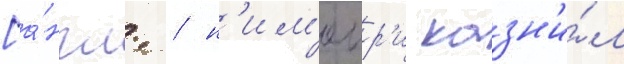
[а́нгл. / н'им'еир'и казн'и́л